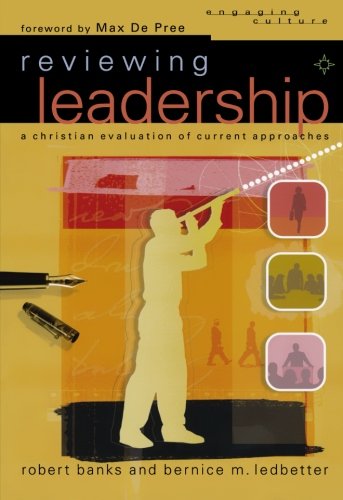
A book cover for Reviewing Leadership: A Christian Evaluation of Current Approaches (Engaging Culture); Robert J. Banks; Christian Books & Bibles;